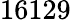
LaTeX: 16129